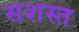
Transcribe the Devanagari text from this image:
सशस्त